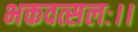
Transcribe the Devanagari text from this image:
भक्तवत्सलः।।